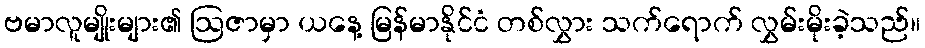
ဗမာလူမျိုးများ၏ ဩဇာမှာ ယနေ့ မြန်မာနိုင်ငံ တစ်လွှား သက်ရောက် လွှမ်းမိုးခဲ့သည်။